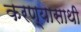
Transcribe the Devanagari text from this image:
करण्यासाथी